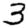
Digit: 3